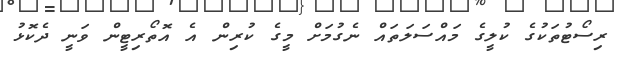
ރިސޯޓުތަކުގެ ކުލީގެ މައްސަލަތައް ނެގުމަށް މީގެ ކުރިން އެ އޮތޯރިޓީން ވަނީ ދެކޮޅު